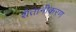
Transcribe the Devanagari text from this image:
शैतानीकरण